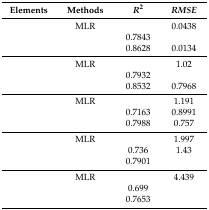
<table><thead><tr><td><b>Elements</b></td><td><b>Methods</b></td><td><b><i>R</i><sup>2</sup></b></td><td><b><i>RMSE</i></b></td></tr></thead><tbody><tr><td rowspan="3">[EMPTY_CELL]</td><td>MLR</td><td>[EMPTY_CELL]</td><td>0.0438</td></tr><tr><td>[EMPTY_CELL]</td><td>0.7843</td><td>[EMPTY_CELL]</td></tr><tr><td>[EMPTY_CELL]</td><td>0.8628</td><td>0.0134</td></tr><tr><td rowspan="3">[EMPTY_CELL]</td><td>MLR</td><td>[EMPTY_CELL]</td><td>1.02</td></tr><tr><td>[EMPTY_CELL]</td><td>0.7932</td><td>[EMPTY_CELL]</td></tr><tr><td>[EMPTY_CELL]</td><td>0.8532</td><td>0.7968</td></tr><tr><td rowspan="3">[EMPTY_CELL]</td><td>MLR</td><td>[EMPTY_CELL]</td><td>1.191</td></tr><tr><td>[EMPTY_CELL]</td><td>0.7163</td><td>0.8991</td></tr><tr><td>[EMPTY_CELL]</td><td>0.7988</td><td>0.757</td></tr><tr><td rowspan="3">[EMPTY_CELL]</td><td>MLR</td><td>[EMPTY_CELL]</td><td>1.997</td></tr><tr><td>[EMPTY_CELL]</td><td>0.736</td><td>1.43</td></tr><tr><td>[EMPTY_CELL]</td><td>0.7901</td><td>[EMPTY_CELL]</td></tr><tr><td rowspan="3">[EMPTY_CELL]</td><td>MLR</td><td>[EMPTY_CELL]</td><td>4.439</td></tr><tr><td>[EMPTY_CELL]</td><td>0.699</td><td>[EMPTY_CELL]</td></tr><tr><td>[EMPTY_CELL]</td><td>0.7653</td><td>[EMPTY_CELL]</td></tr></tbody></table>